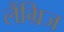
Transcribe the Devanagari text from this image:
लैंग्रिज